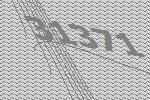
31371